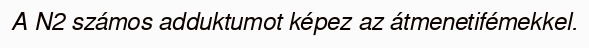
A N2 számos adduktumot képez az átmenetifémekkel.